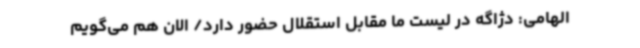
الهامی: دژاگه در لیست ما مقابل استقلال حضور دارد/ الان هم می‌گویم